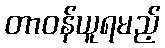
တာဝန်ယူရမည့်